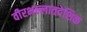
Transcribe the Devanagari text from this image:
वीरभल्लातदेशिक